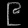
Digit: ၉